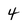
Character: 4